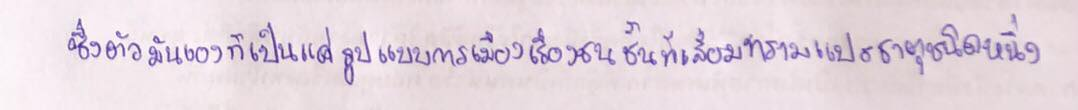
ซึ่งตัวมันเองก็เป็นแค่รูปแบบการเมืองเรื่องชนชั้นที่เสื่อมทรามแปรธาตุชนิดหนึ่ง